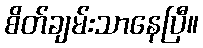
စိတ်ချမ်းသာနေပြီ။